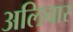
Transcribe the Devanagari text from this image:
अलिचार